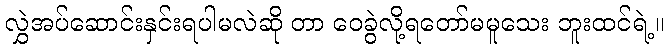
လွှဲအပ်ဆောင်းနှင်းရပါမလဲဆို တာ ဝေခွဲလို့ရတော်မမူသေး ဘူးထင်ရဲ့။